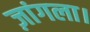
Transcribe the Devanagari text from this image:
ज़ांगला।